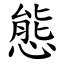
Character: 態